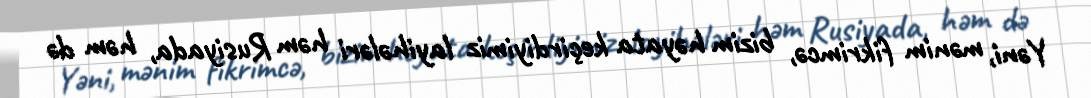
Yəni, mənim fikrimcə, bizim həyata keçirdiyimiz layihələri həm Rusiyada, həm də